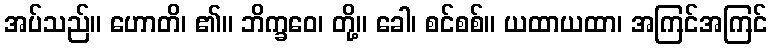
အပ်သည်။ ဟောတိ၊ ၏။ ဘိက္ခဝေ၊ တို့။ ခေါ၊ စင်စစ်။ ယထာယထာ၊ အကြင်အကြင်